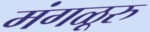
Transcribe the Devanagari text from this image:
मंगळूरु